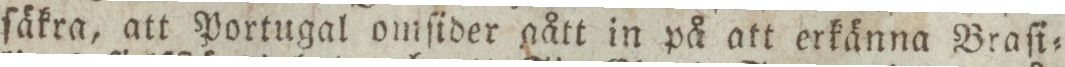
ſäkra, att Portugal omſider gått in på att erkänna Braſi=